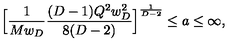
\Big [ { \frac { 1 } { M w _ { D } } } { \frac { ( D - 1 ) Q ^ { 2 } w _ { D } ^ { 2 } } { 8 ( D - 2 ) } } \Big ] ^ { \frac { 1 } { D - 2 } } \le a \le \infty ,